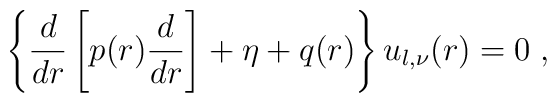
\left\{ \frac{d}{dr} \left[ p(r) \frac{d}{dr} \right]+\eta +q(r)\right\}u_{l,\nu}(r) = 0\;  ,